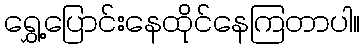
ရွှေ့ပြောင်းနေထိုင်နေကြတာပါ။